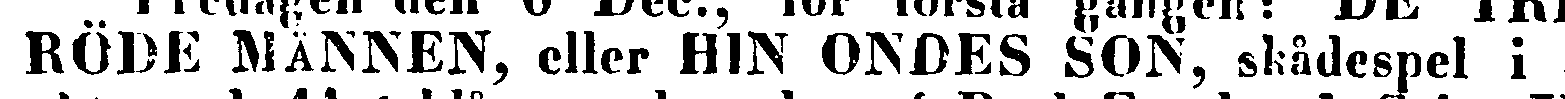
RÖDE MÄNNEN, eller HIN ONDES SON, skådespel i 5